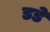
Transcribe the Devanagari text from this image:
डडे